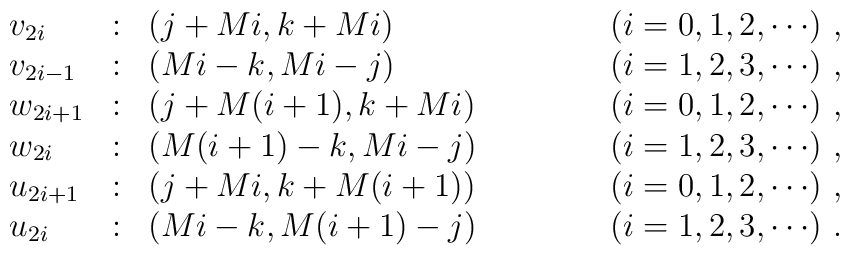
\begin{array}{lclcl}v_{2i}   & : &(j+Mi, k+Mi)     & \hspace{1cm} &(i=0,1,2, \cdots) \,\,,\\v_{2i-1} & : &(Mi-k, Mi-j)     & \hspace{1cm} &(i=1,2,3, \cdots) \,\,,\\w_{2i+1} & : &(j+M(i+1), k+Mi) & \hspace{1cm} &(i=0,1,2, \cdots) \,\,,\\w_{2i}   & : &(M(i+1)-k, Mi-j) & \hspace{1cm} &(i=1,2,3, \cdots) \,\,,\\u_{2i+1} & : &(j+Mi, k+M(i+1)) & \hspace{1cm} &(i=0,1,2, \cdots) \,\,,\\u_{2i}   & : &(Mi-k, M(i+1)-j) & \hspace{1cm} &(i=1,2,3, \cdots) \,\,.\end{array}